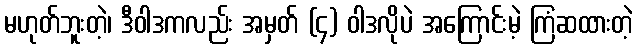
မဟုတ်ဘူးတဲ့၊ ဒီဝါဒကလည်း အမှတ် (၄) ဝါဒလိုပဲ အကြောင်းမဲ့ ကြံဆထားတဲ့